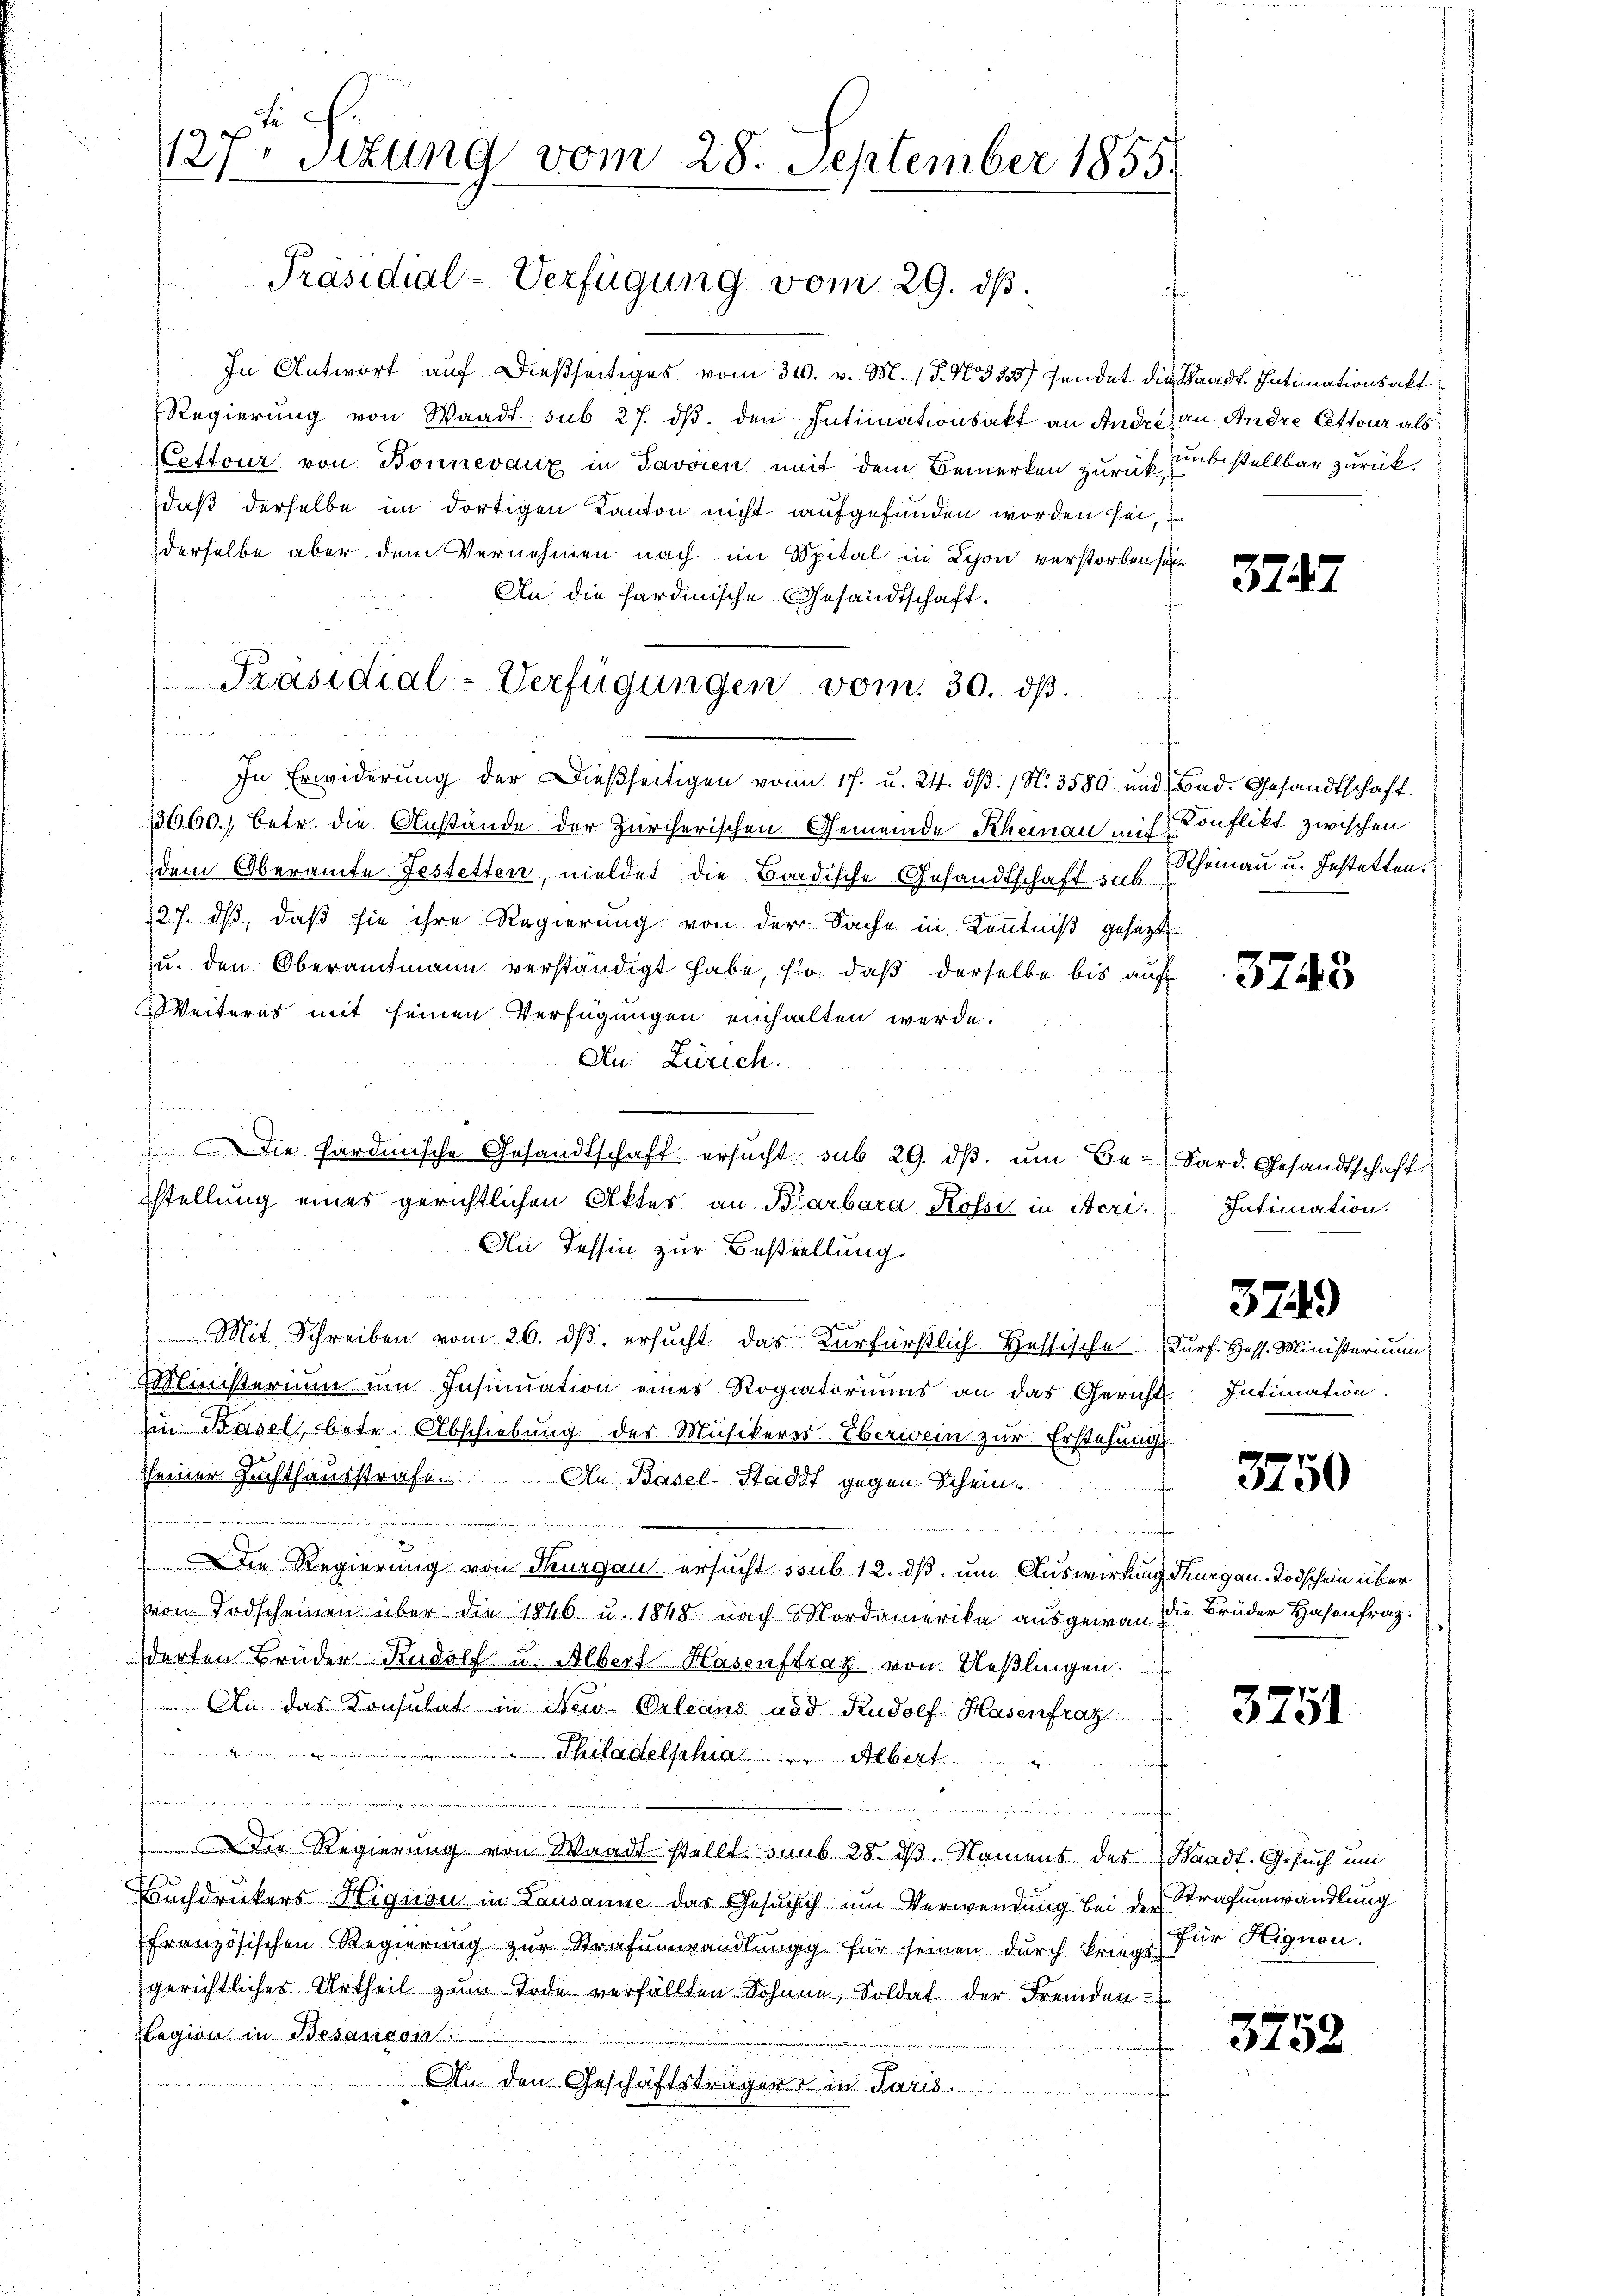
127. Sitzung vom 28. September 1855.

Präsidial-Verfügung vom 29. ds.

In Antwort auf dießseitiges vom 31. v. M. / 5. No. 355/ sendet die Waadt Intimationsakt
Regierŭng von Waadt sub 27. dβ. den Intimationsakt an Andre an, Andre cettour als
ettour von Bonnevaux in Javoren mit dem Bemerken zurück unbestellbar zurückdaß derselbe im dortigen Kanton nicht aufgefunden worden sei,
derselbe aber dem Vernehmen nach im Spital in Lyon verstorben sei
An die hardinische Gesandtschaft.
e
In Erwiderung der Dießseitigen vom 17. u. 24. dβ. / N. 3580 und Bad. Gesandtschaft.
13660.) betr. die Anstände der Zürcherischen Gemeinde Rheinau mit Konflikt zwischen
dem Oberamte Festetten, meldet die Bandische Gesandtschaft aus. Scheinau u. Gestatten.
127. ds, daß sie ihre Regierung von der Sache in Kenntniß gesezt
u. den Oberamtmann verständigt habe, so daß derselbe bis auf
Weiteres mit seinen Verfügungen einhalten werde.
Au: Zürich.
222 25
stellung eines gerichtlichen Aktes an Biarbara Kössi in Aeri. Intimation
An Tessin zur Bestellung
u
Mit Schreiben vom 26. ds. ersucht das Kurfürstlich Hessische Furf. Hess. Ministerium,
Ministerium um Insinuation eines Rogatoriums an das Gericht Intimation
Ein Basel betr. Abschiebung des Musikeros Überwein zur Erstehungs-
seiner Zuchthausstrafe. An Basel-Stadt gegen Scheinn
x
DDie Regierung von Thurgau ersucht soub 12. ds. um Auswirkung dergan Todschein übervon Todscheinen über die 1846 u. 1848 nach Mordamerika ausgewan die Brüder Hasenfrag
derten Brüder Rudolf u. Albert Hasenstrag von Ueßlingen.
An das Konsulat in Neu Orleans add Rudolf Hasenfrag
tien einer in der einer wiedenen
 Philadelphia " Albert
t
.
Die Regierung von Waadt stellt. sub 28. dß. Namens des Waadt-Gesuch um
Buchdruckers Hignon in Lausanne das Gesuch um Verwendung bei der Strafumwandlung
französischen Regierung zur Strafumwandlungg für seinen durch Kriege, für Hignori.
gerichtliches Urtheil zum Tode verfällten Sohnen, Soldat der Fremden
legion in Besandon
rve der
An den Geschäftsträger in Paris.

Präsidial-Verfügungen vom 30. ds.
 72
4

Die Hardmische Gesandtschaft ersŭcht sub 29. dβ. ŭm Be- Sard. Gesandtschaft

3787

3743

374.

3750

3751

3752